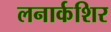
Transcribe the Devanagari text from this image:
लनार्कशिर